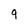
Character: q